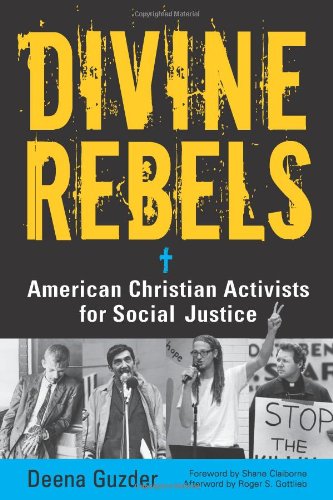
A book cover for Divine Rebels: American Christian Activists for Social Justice; Deena Guzder; Christian Books & Bibles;